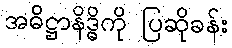
အဓိဋ္ဌာနိဒ္ဓိကို ပြဆိုခန်း